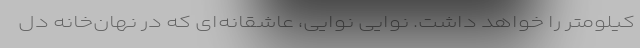
کیلومتر را خواهد داشت. نوایی نوایی، عاشقانه‌ای که در نهان‌خانه دل